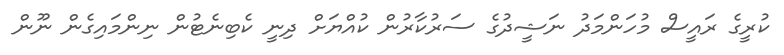
ކުރީގެ ރައީސް މުހަންމަދު ނަޝީދުގެ ސަރުކާރުން ކުއްޔަށް ދިނީ ކެބިނެޓުން ނިންމައިގެން ނޫން